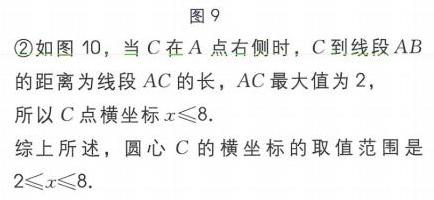
图9
\textcircled{2}如图10，当\(C\)在\(A\)点右侧时，\(C\)到线段\(AB\)的距离为线段\(AC\)的长，\(AC\)最大值为\(2\)，所以\(C\)点横坐标\(x\leqslant8\).
综上所述，圆心\(C\)的横坐标的取值范围是\(2\leqslant x\leqslant8\).